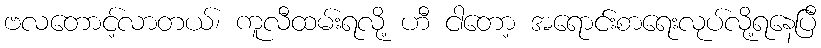
ဗလတောင့်လာတယ်၊ ကူလီထမ်းရလို့ ဟီ ငါတော့ အရောင်းစာရေးလုပ်လို့ရနေပြီ